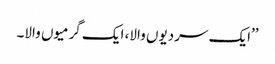
’’ایک سردیوں والا، ایک گرمیوں والا۔